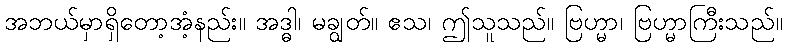
အဘယ်မှာရှိတော့အံ့နည်း။ အဒ္ဓါ၊ မချွတ်။ ဧသ၊ ဤသူသည်။ ဗြဟ္မာ၊ ဗြဟ္မာကြီးသည်။